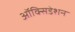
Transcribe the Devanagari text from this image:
ऑक्सिडेशन